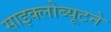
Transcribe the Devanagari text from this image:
साइक्लोब्यूटने